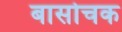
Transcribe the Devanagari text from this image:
बासोचक